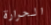
الحرارة